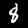
Label: 8